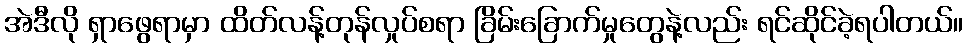
အဲဒီလို ရှာဖွေရာမှာ ထိတ်လန့်တုန်လှုပ်စရာ ခြိမ်းခြောက်မှုတွေနဲ့လည်း ရင်ဆိုင်ခဲ့ရပါတယ်။